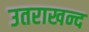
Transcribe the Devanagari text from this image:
उतराखन्द